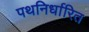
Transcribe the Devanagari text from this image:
पथनिर्धारित